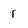
Character: 1